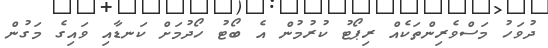
ދުވަހު މަސްވެރިންތަކެއް ރިޕޯޓު ކުރުމުން އެ ބޯޓު ހޯދުމަށް ކަނޑާއި ވައިގެ މަގުން